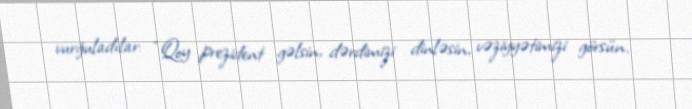
vurğuladılar: “Qoy prezident gəlsin, dərdimizi dinləsin, vəziyyətimizi görsün.